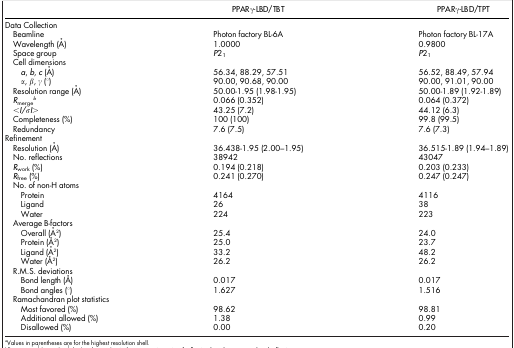
|  | PPARγ-LBD/TBT | PPARγ-LBD/TPT |
 | --- | --- | --- |
 | Data Collection |  |  |
 | Beamline | Photon factory BL-6A | Photon factory BL-17A |
 | Wavelength (Å) | 1.0000 | 0.9800 |
 | Space group | P21 | P21 |
 | Cell dimensions |  |  |
 | a, b, c (Å) | 56.34, 88.29, 57.51 | 56.52, 88.49, 57.94 |
 | α, β, γ (°) | 90.00, 90.68, 90.00 | 90.00, 91.01, 90.00 |
 | Resolution range (Å) | 50.00-1.95 (1.98-1.95) | 50.00-1.89 (1.92-1.89) |
 | Rmergeb | 0.066 (0.352) | 0.064 (0.372) |
 | <I/σI> | 43.25 (7.2) | 44.12 (6.3) |
 | Completeness (%) | 100 (100) | 99.8 (99.5) |
 | Redundancy | 7.6 (7.5) | 7.6 (7.3) |
 | Refinement |  |  |
 | Resolution (Å) | 36.438-1.95 (2.00–1.95) | 36.515-1.89 (1.94–1.89) |
 | No. reflections | 38942 | 43047 |
 | Rwork (%) | 0.194 (0.218) | 0.203 (0.233) |
 | Rfree (%) | 0.241 (0.270) | 0.247 (0.247) |
 | No. of non-H atoms |  |  |
 | Protein | 4164 | 4116 |
 | Ligand | 26 | 38 |
 | Water | 224 | 223 |
 | Average B-factors |  |  |
 | Overall (Å2) | 25.4 | 24.0 |
 | Protein (Å2) | 25.0 | 23.7 |
 | Ligand (Å2) | 33.2 | 48.2 |
 | Water (Å2) | 26.2 | 26.2 |
 | R.M.S. deviations |  |  |
 | Bond length (Å) | 0.017 | 0.017 |
 | Bond angles (°) | 1.627 | 1.516 |
 | <COLSPAN=2> Ramachandran plot statistics |  |
 | Most favored (%) | 98.62 | 98.81 |
 | Additional allowed (%) | 1.38 | 0.99 |
 | Disallowed (%) | 0.00 | 0.20 |